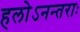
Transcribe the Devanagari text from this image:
हलोऽनन्तराः